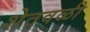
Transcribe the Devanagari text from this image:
शेतवळी